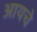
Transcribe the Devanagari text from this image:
आयचे